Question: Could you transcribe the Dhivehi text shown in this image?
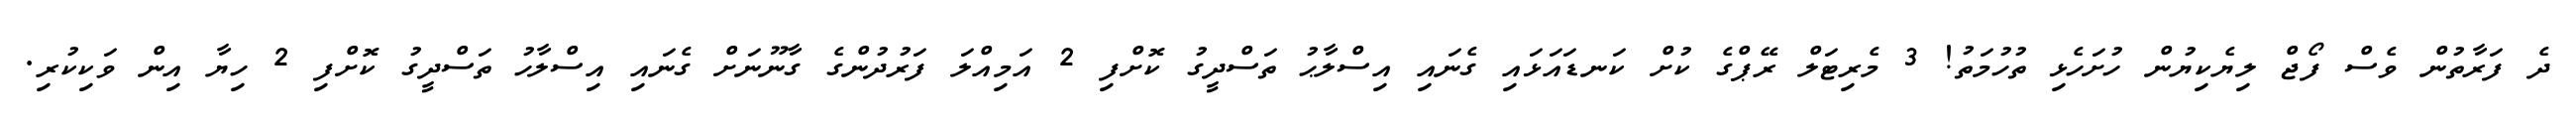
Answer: ދެ ފަރާތުން ވެސް ފޯޖް ލިޔެކިޔުން ހުށަހެޅި ތުހުމަތު! 3 މެރިޓަލް ރޭޕްގެ ކުށް ކަނޑައަޅައި ގެނައި އިސްލާޙު ތަސްދީގު ކޮށްފި 2 އަމިއްލަ ފަރުދުންގެ ގާނޫނަށް ގެނައި އިސްލާހު ތަސްދީގު ކޮށްފި 2 ހިޔާ އިން ވަކިކުރި.